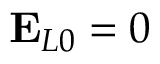
\mathbf { E } _ { L 0 } = 0